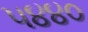
૫૪૪૦